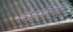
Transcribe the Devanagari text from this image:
क्लोरहेक्सिडीन